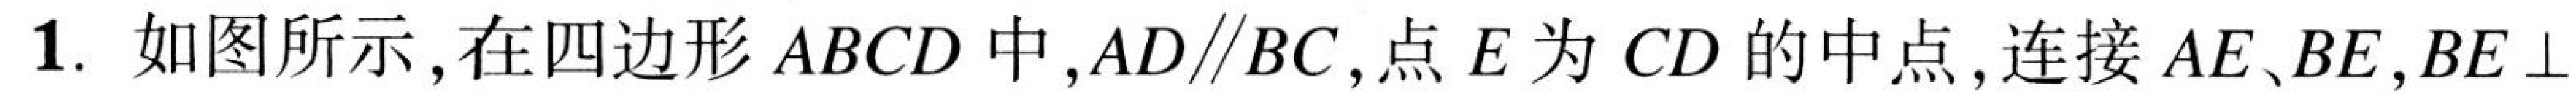
1. 如图所示，在四边形\(ABCD\)中，\(AD\parallel BC\)，点\(E\)为\(CD\)的中点，连接\(AE\)、\(BE\)，\(BE\perp\)